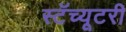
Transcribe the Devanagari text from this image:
स्टॅच्यूटरी